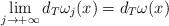
LaTeX: \begin{align*}\lim_{j\to+\infty} d_T\omega_j(x) = d_T\omega(x) \quad\end{align*}